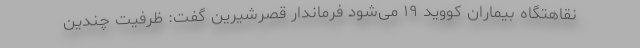
نقاهتگاه بیماران کووید ۱۹ می‌شود فرماندار قصرشیرین گفت: ظرفیت چندین